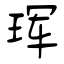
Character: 珲